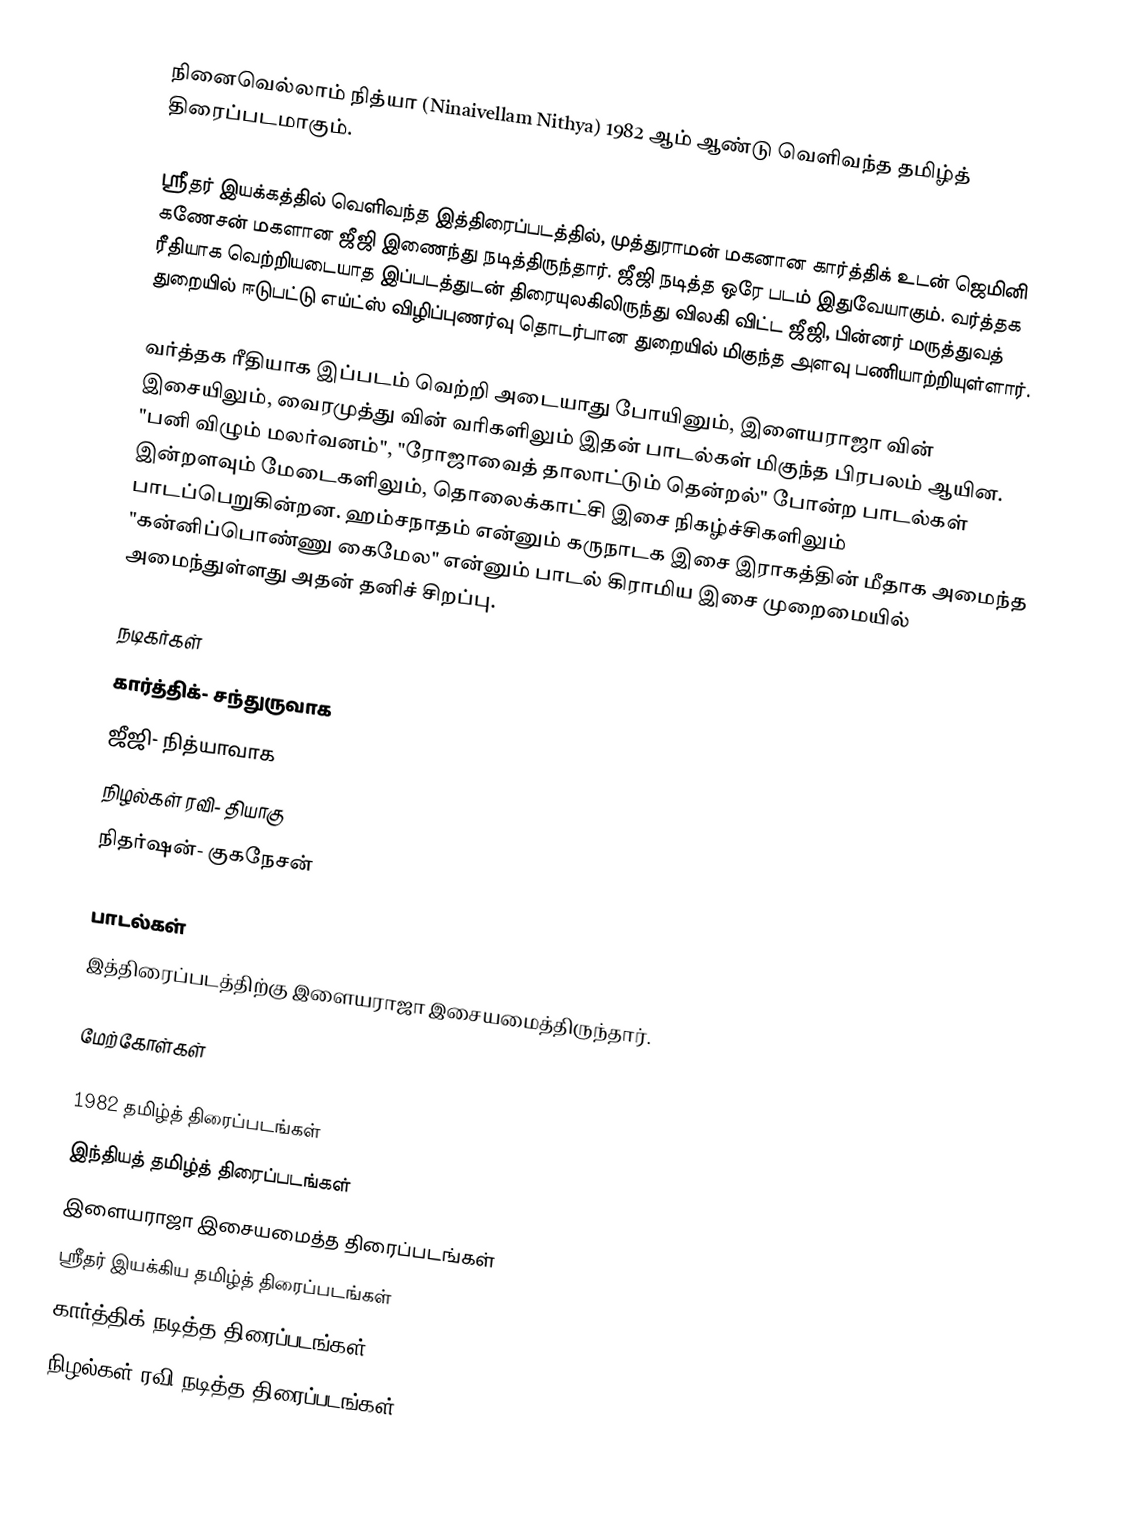
நினைவெல்லாம் நித்யா (Ninaivellam Nithya) 1982 ஆம் ஆண்டு வெளிவந்த தமிழ்த் திரைப்படமாகும்.

ஸ்ரீதர் இயக்கத்தில் வெளிவந்த இத்திரைப்படத்தில், முத்துராமன் மகனான கார்த்திக் உடன் ஜெமினி கணேசன் மகளான ஜீஜி இணைந்து நடித்திருந்தார். ஜீஜி நடித்த ஒரே படம் இதுவேயாகும். வர்த்தக ரீதியாக வெற்றியடையாத இப்படத்துடன் திரையுலகிலிருந்து விலகி விட்ட ஜீஜி, பின்னர் மருத்துவத் துறையில் ஈடுபட்டு எய்ட்ஸ் விழிப்புணர்வு தொடர்பான துறையில் மிகுந்த அளவு பணியாற்றியுள்ளார்.

வர்த்தக ரீதியாக இப்படம் வெற்றி அடையாது போயினும், இளையராஜா வின் இசையிலும், வைரமுத்து வின் வரிகளிலும் இதன் பாடல்கள் மிகுந்த பிரபலம் ஆயின. "பனி விழும் மலர்வனம்", "ரோஜாவைத் தாலாட்டும் தென்றல்" போன்ற பாடல்கள் இன்றளவும் மேடைகளிலும், தொலைக்காட்சி இசை நிகழ்ச்சிகளிலும் பாடப்பெறுகின்றன. ஹம்சநாதம் என்னும் கருநாடக இசை இராகத்தின் மீதாக அமைந்த "கன்னிப்பொண்ணு கைமேல" என்னும் பாடல் கிராமிய இசை முறைமையில் அமைந்துள்ளது அதன் தனிச் சிறப்பு.

நடிகர்கள்
 கார்த்திக்- சந்துருவாக
 ஜீஜி- நித்யாவாக
 நிழல்கள் ரவி- தியாகு
 நிதர்ஷன்- குகநேசன்

பாடல்கள்
இத்திரைப்படத்திற்கு இளையராஜா இசையமைத்திருந்தார்.

மேற்கோள்கள்

1982 தமிழ்த் திரைப்படங்கள்
இந்தியத் தமிழ்த் திரைப்படங்கள்
இளையராஜா இசையமைத்த திரைப்படங்கள்
ஸ்ரீதர் இயக்கிய தமிழ்த் திரைப்படங்கள்
கார்த்திக் நடித்த திரைப்படங்கள்
நிழல்கள் ரவி நடித்த திரைப்படங்கள்